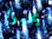
يحبوا